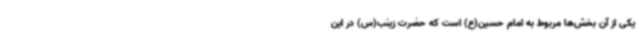
یکی از آن‌ بخش‌ها مربوط به امام حسین(ع) است که حضرت زینب(س) در این